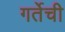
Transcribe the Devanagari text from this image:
गर्तेची